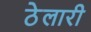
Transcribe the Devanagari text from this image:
ठेलारी